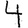
Digit: 4